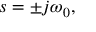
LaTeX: s = \pm j \omega _ { 0 } ,